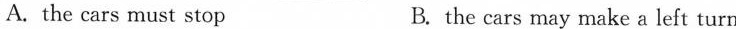
A.the cars must stop B.the cars may make a left turn